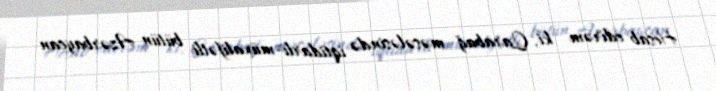
Hesab edirəm ki, Qarabağ məsələsində iqtidarlı-müxalifətli bütün Azərbaycan